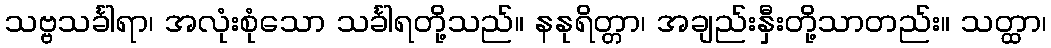
သဗ္ဗသင်္ခါရာ၊ အလုံးစုံသော သင်္ခါရတို့သည်။ နနုရိတ္တာ၊ အချည်းနှီးတို့သာတည်း။ သတ္ထာ၊